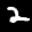
Label: 2